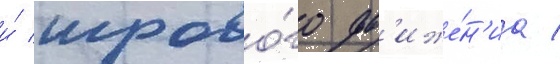
и́ игрово́го дв'иже́н'иа /